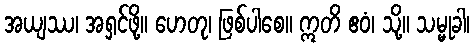
အယျဿ၊ အရှင်ဖို့။ ဟေတု၊ ဖြစ်ပါစေ။ ဣတိ ဧဝံ၊ သို့။ သမ္မုခါ၊